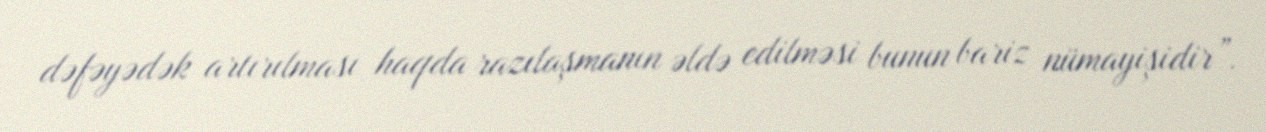
dəfəyədək artırılması haqda razılaşmanın əldə edilməsi bunun bariz nümayişidir”.